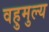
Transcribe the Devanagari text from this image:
वहुमुल्य